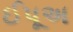
ઈપૂઅ